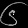
Digit: ၆